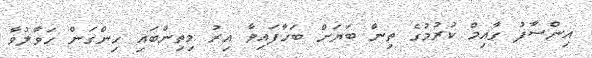
އިންސާފު ގާއިމް ކުރުމުގެ ތިން ބަޔަށް ބަހާފައިވާ އިރު މިތިންބައި ހިންގަން ހަވާލުވާ